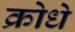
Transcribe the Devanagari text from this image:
क्रोधे